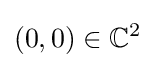
(0,0)\in \mathbb {C} ^{2}